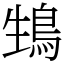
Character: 䲼